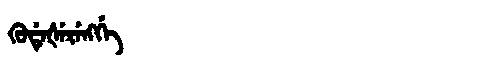
Manchu: ᡴᡠᡩᡝᡧᡝᡵᡝᠩᡤᡝ
Romanization: KUDEŠERENGGE